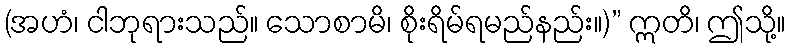
(အဟံ၊ ငါဘုရားသည်။ သောစာမိ၊ စိုးရိမ်ရမည်နည်း။)” ဣတိ၊ ဤသို့။